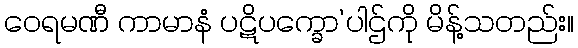
ဝေရမဏီ ကာမာနံ ပဋိပက္ခော’ပါဌ်ကို မိန့်သတည်း။